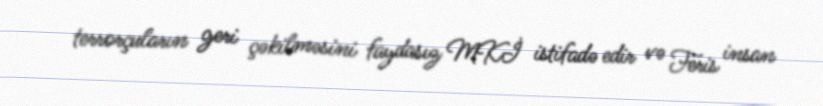
terrorçuların geri çəkilməsini faydasız MKİ istifadə edir və Feris insan